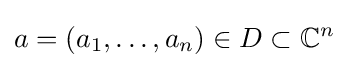
a=(a_{1},\dots ,a_{n})\in D\subset \mathbb {C} ^{n}